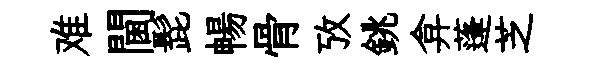
难閫髭暢骨攷銚弇蓬芝